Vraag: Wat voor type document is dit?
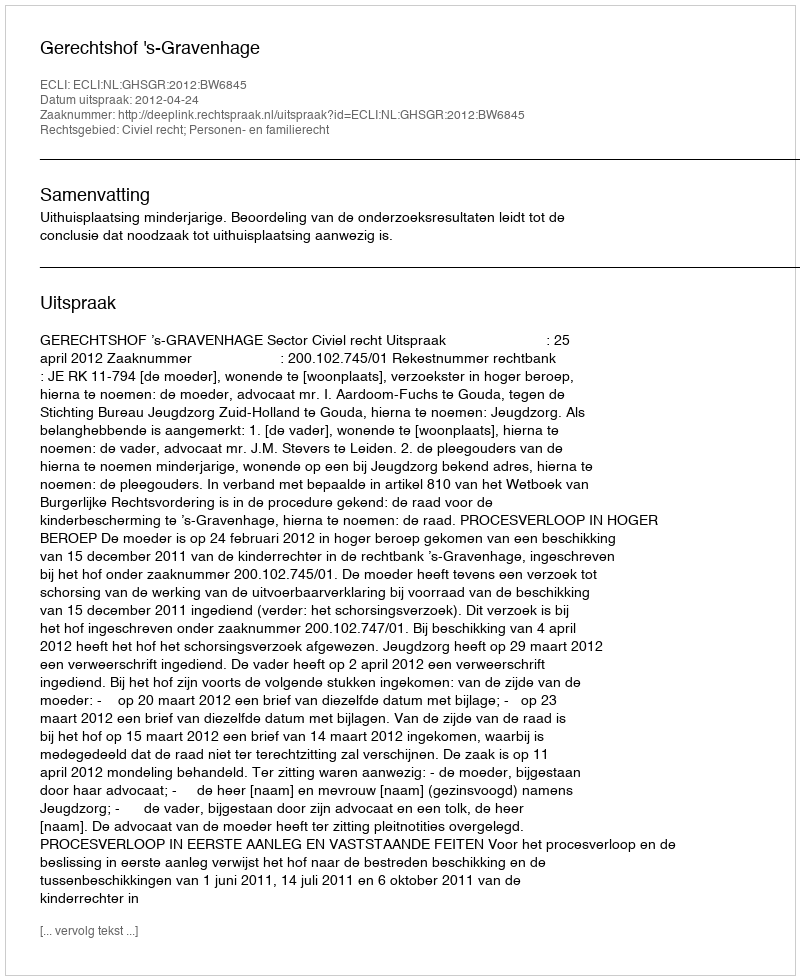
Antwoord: Uitspraak